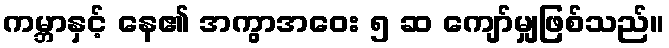
ကမ္ဘာနှင့် နေ၏ အကွာအဝေး ၅ ဆ ကျော်မျှဖြစ်သည်။